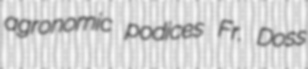
agronomic podices Fr. Doss